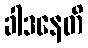
ခါဒနေတိ